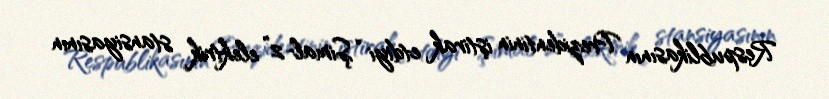
Respublikasının Prezidentinin iştirak etdiyi “Şimal-2” elektrik stansiyasının